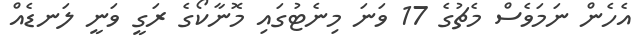
އެހެން ނަމަވެސް މެޗުގެ 17 ވަނަ މިނެޓުގައި މޮނާކޯގެ ރަގީ ވަނީ ލަނޑެއް